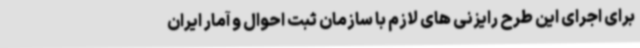
برای اجرای این طرح رایزنی های لازم با سازمان ثبت احوال و آمار ایران